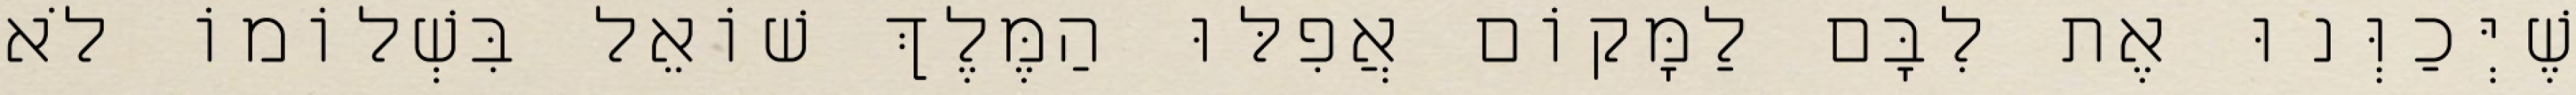
שֶׁיְּכַוְּנוּ אֶת לִבָּם לַמָּקוֹם אֲפִלּוּ הַמֶּלֶךְ שׁוֹאֵל בִּשְׁלוֹמוֹ לֹא